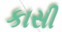
કાસી